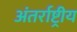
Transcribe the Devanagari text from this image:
अंतर्राष्ट्रीय